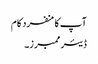
آپ کا منفرد کام
ڈیئر ممبرز۔